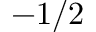
- 1 / 2